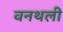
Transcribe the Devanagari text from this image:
वनथली